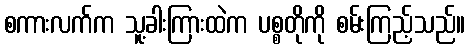
စကားလက်က သူ့ခါးကြားထဲက ပစ္စတိုကို စမ်းကြည့်သည်။